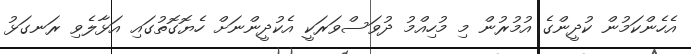
އެހެންކަމުން ކުދީންގެ އުމުރުން މި މުހިއްމު ދުވަސްވަރަކީ އެކުދީންނަށް ހެޔޮގޮތުގައި އަޅާލެވި ރަނގަޅު